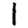
Digit: 1